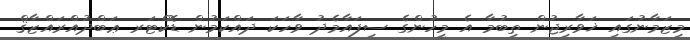
މިޒަމާނުގައި ޚަވާރިޖުން ތިބުމާ އެ މީހުންގެ ސިފައާމެދު ވާހަކަ ދައްކަމުން ޑޮކްޓަރ ޢަބްދުއްރައްޒާޤް